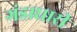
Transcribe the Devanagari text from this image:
गंडाधारी